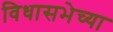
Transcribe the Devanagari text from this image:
विधासभेच्या